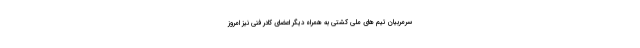
سرمربیان تیم های ملی کشتی به همراه دیگر اعضای کادر فنی نیز امروز